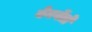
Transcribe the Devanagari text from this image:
वेनवेंतो